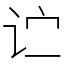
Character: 𬣞